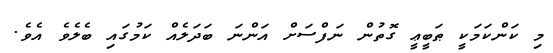
މި ކަންކަމަކީ ޠަބީޢީ ގޮތުން ނަފްސަށް އަންނަ ބަދަލެއް ކަމުގައި ބެލެވެ އެވެ.